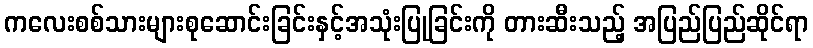
ကလေးစစ်သားများစုဆောင်းခြင်းနှင့်အသုံးပြုခြင်းကို တားဆီးသည့် အပြည်ပြည်ဆိုင်ရာ